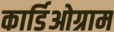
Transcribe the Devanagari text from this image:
कार्डिओग्राम